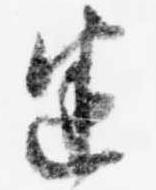
迷